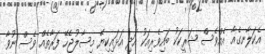
އެކަލާނގެއާ އެއްވެސް ޝަރީކަކު ބައިވެރިއަކު އަދި އަޅައިކިޔޭ މިސާލުޖެހޭ ފަރާތެއް ވެސް ނުވާ